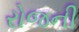
રોજની